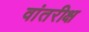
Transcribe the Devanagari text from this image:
वांतरीक्ष